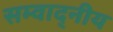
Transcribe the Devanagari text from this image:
सम्वाद्नीय